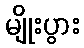
မျိုးပွား